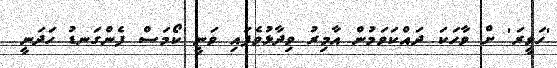
'ހަވީރަ' ށް ވާހަކަ ދައްކަވަމުން އާމިރު ވިދާޅުވެފައި ވަނީ ކޯމަސް ފެންގަނޑު ހަދަނީ